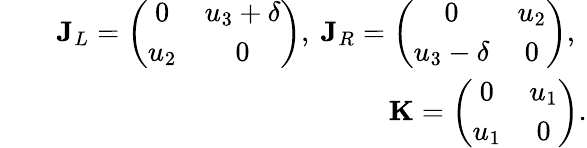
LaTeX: \begin{array}{rlr}&{}&{\mathbf{J}_{L}=\left(\begin{array}{cc}{0}&{u_{3}+\delta}\\ {u_{2}}&{0}\end{array}\right),~\mathbf{J}_{R}=\left(\begin{array}{cc}{0}&{u_{2}}\\ {u_{3}-\delta}&{0}\end{array}\right),~}\\ &{}&{~~~~~~~~~~~~\mathbf{K}=\left(\begin{array}{cc}{0}&{u_{1}}\\ {u_{1}}&{0}\end{array}\right).}\end{array}